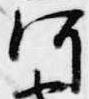
河